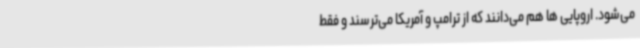
می‌شود. اروپایی ها هم می‌دانند که از ترامپ و آمریکا می‌ترسند و فقط